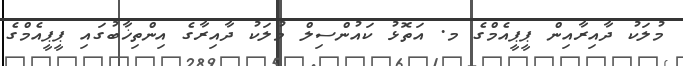
މުލަކު ދާއިރާއިން ޕީޕީއެމްގެ މ. އަތޮޅު ކައުންސިލް މުލަކު ދާއިރާގެ އިންތިޚާބުގައި ޕީޕީއެމްގެ